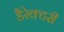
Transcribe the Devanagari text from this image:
डैरेक्टरी